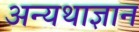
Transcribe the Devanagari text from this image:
अन्यथाज्ञान